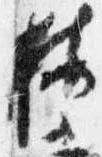
按